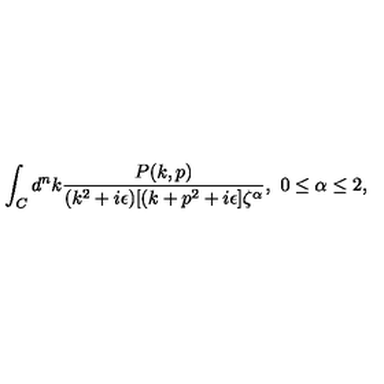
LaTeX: \int _ { C } d ^ { n } k { \frac { P ( k , p ) } { ( k ^ { 2 } + i \epsilon ) [ ( k + p ^ { 2 } + i \epsilon ] \zeta ^ { \alpha } } } , \ 0 \leq \alpha \leq 2 ,